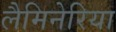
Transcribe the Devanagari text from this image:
लैमिनेरिया